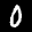
Digit: 0